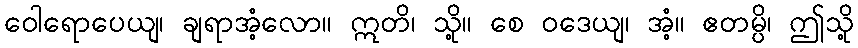
ဝေါရောပေယျ၊ ချရာအံ့လော။ ဣတိ၊ သို့။ စေ ဝဒေယျ၊ အံ့။ ဧတမ္ပိ၊ ဤသို့